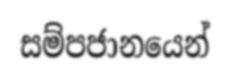
සම්පජානයෙන්